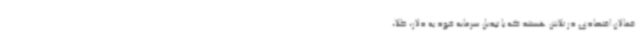
فعالان اقتصادی در تلاش هستند که با تبدیل سرمایه خود به دلار، طلا،